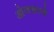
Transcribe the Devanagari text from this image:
ओजसपणे